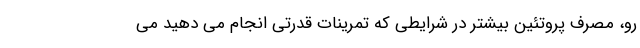
رو، مصرف پروتئین بیشتر در شرایطی که تمرینات قدرتی انجام می دهید می